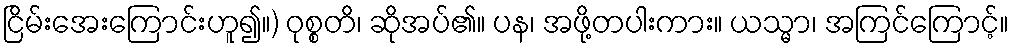
ငြိမ်းအေးကြောင်းဟူ၍။) ဝုစ္စတိ၊ ဆိုအပ်၏။ ပန၊ အဖို့တပါးကား။ ယသ္မာ၊ အကြင်ကြောင့်။